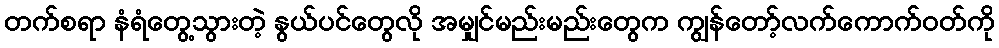
တက်စရာ နံရံတွေ့သွားတဲ့ နွယ်ပင်တွေလို အမျှင်မည်းမည်းတွေက ကျွန်တော့်လက်ကောက်ဝတ်ကို